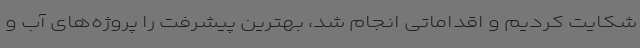
شکایت کردیم و اقداماتی انجام شد، بهترین پیشرفت را پروژه‌های آب و